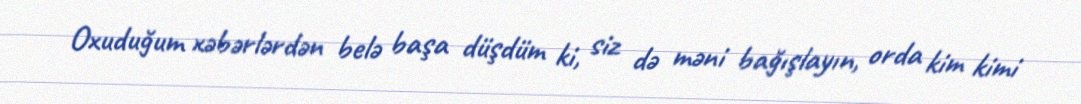
Oxuduğum xəbərlərdən belə başa düşdüm ki, siz də məni bağışlayın, orda kim kimi